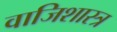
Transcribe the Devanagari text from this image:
वाजिशास्त्र